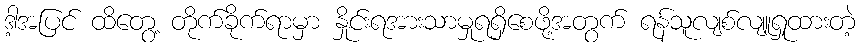
ဒါ့အပြင် ထိတွေ့ တိုက်ခိုက်ရာမှာ နှိုင်းရအားသာမှုရရှိစေဖို့အတွက် ရန်သူလျစ်လျူရှုထားတဲ့